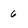
Character: 6